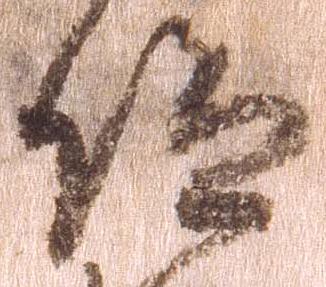
仰